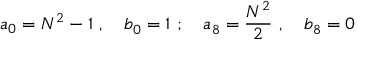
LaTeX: a _ { 0 } = N ^ { 2 } - 1 ~ , \quad b _ { 0 } ^ { } = 1 ~ ; \quad a _ { 8 } ^ { } = \frac { N ^ { 2 } } 2 ~ , \quad b _ { 8 } ^ { } = 0